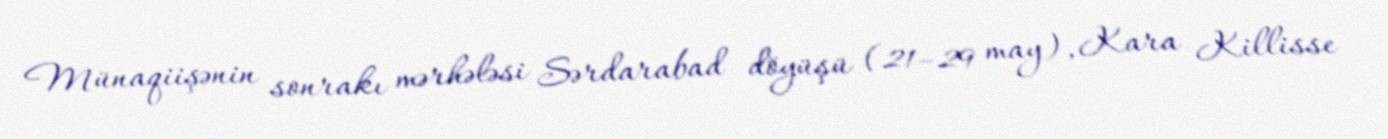
Münaqiişənin sonrakı mərhələsi Sərdarabad döyüşü (21–29 may), Kara Killisse